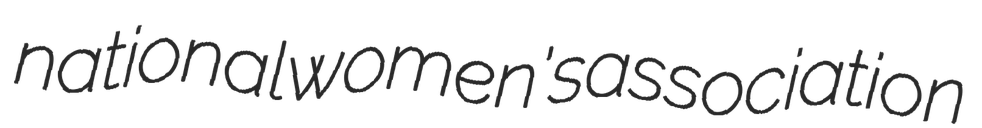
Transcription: national women's association